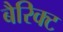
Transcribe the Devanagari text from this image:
बैरिक्ट